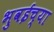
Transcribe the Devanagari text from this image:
भुवईच्या